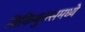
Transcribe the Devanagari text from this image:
विकिबुक्समध्ये